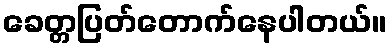
ခေတ္တပြတ်တောက်နေပါတယ်။